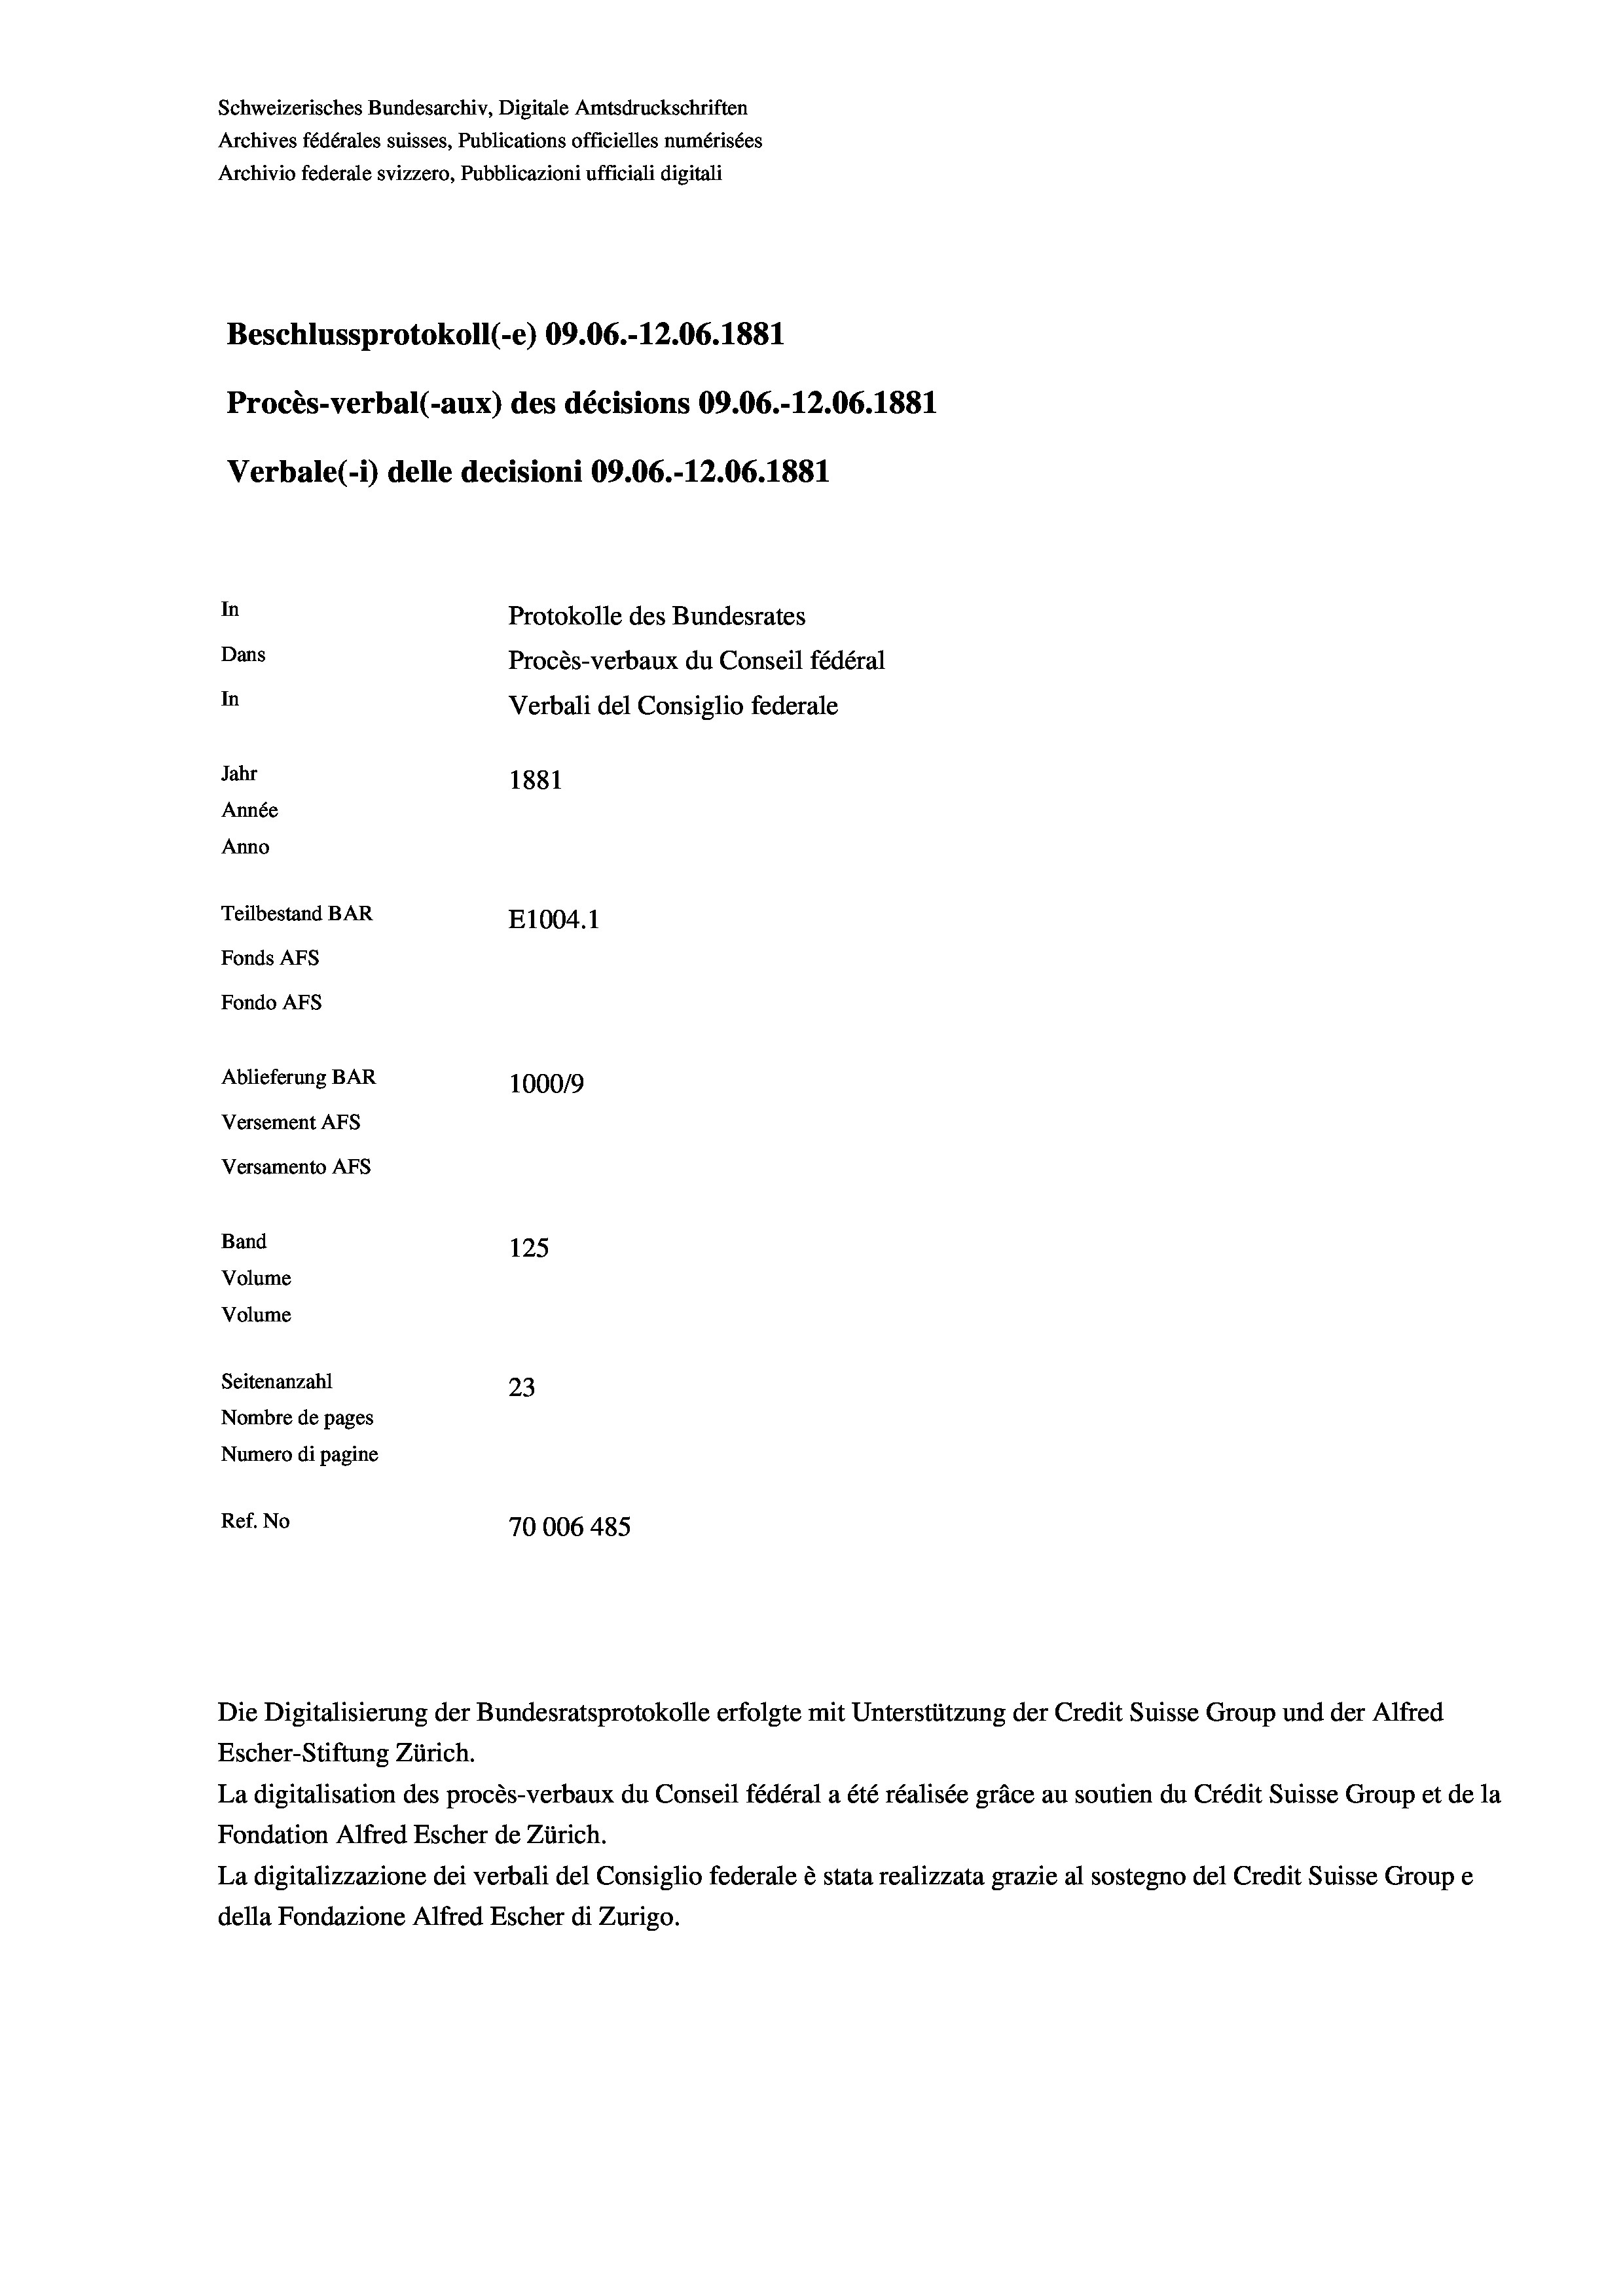
Schweizerisches Bundesarchiv, Digitale Amtsdruckschriften
Archives fédérales suisses, Publications officielles numérisées
Archivio federale svizzero, Pubblicazioni ufficiali digitali
Beschlussprotokoll (-e) 09.06.-12.06. 1881
Procès-verbal (-aux) des décisions 09.06.-12.06. 1881
Verbale (i) delle decisioni 09.06.-12.06. 1881
In
Protokolle des Bundesrates
Dans
Procès-verbaux du Conseil fédéral
In
Verbali del Consiglio federale
Jahr
1881
Année
Anno
Teilbestand BAR
E1004.1
Fonds AFs
Fondo Afs
Ablieferung BAR
100019
Versement AFs
Versamento Afs
Band
125
Volume
Volume
Seitenanzahl
23
Nombre de pages
Numero di pagine
Ref. No
70006 485

Die Digitalisierung der Bundesratsprotokolle erfolgte mit Unterstützung der Credit Suisse Group und der Alfred
Escher-Stiftung Zürich.
La digitalisation des procès-verbaux du Conseil fédéral a été réalisée gräce au soutien du Crédit Suisse Group et de la
Fondation Alfred Escher de Zürich.
La digitalizzazione dei verbali del Consiglio federale è stata realizzata grazie al sostegno del Credit Suisse Groupe
della Fondazione Alfred Escher di Zurigo.